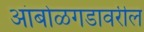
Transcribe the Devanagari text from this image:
आंबोळगडावरील